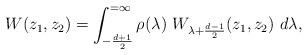
LaTeX: \begin{align*}W(z_1,z_2) = \int_{-{d+1\over 2}}^{=\infty} \rho(\lambda)\ W_{\lambda + \frac{d-1}{2}}(z_1,z_2)\ d\lambda,\end{align*}